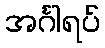
အင်္ဂါရပ်